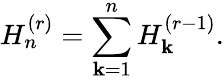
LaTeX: H_{n}^{(r)}=\sum_{\mathbf{k}=1}^{n}H_{\mathbf{k}}^{(r-1)}.